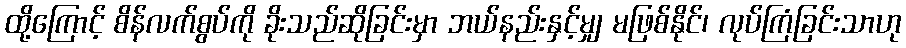
ထို့ကြောင့် စိန်လက်စွပ်ကို ခိုးသည်ဆိုခြင်းမှာ ဘယ်နည်းနှင့်မျှ မဖြစ်နိုင်၊ လုပ်ကြံခြင်းသာဟု